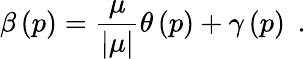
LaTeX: \beta\left(p\right)=\frac\mu{\left|\mu\right|}\theta\left(p\right)+\gamma\left(p\right)\; \, .